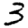
Digit: 3